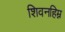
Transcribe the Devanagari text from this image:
शिवनहिम्न